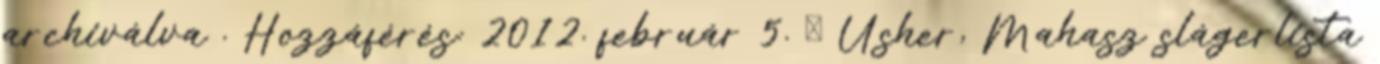
archiválva . Hozzáférés: 2012. február 5. ↑ Usher, Mahasz slágerlista